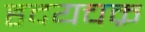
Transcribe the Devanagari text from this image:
हृदयचक्र